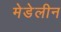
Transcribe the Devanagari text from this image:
मेडेलीन